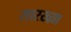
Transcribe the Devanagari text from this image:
सारख्य़ा